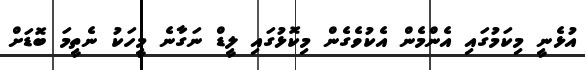
އުޅެނީ މިކަމުގައި އެންމެން އެކުވެގެން މިކޮޅުގައި ލީޑް ނަގާނެ މީހަކު ނެތީމަ ބޮޑަށް